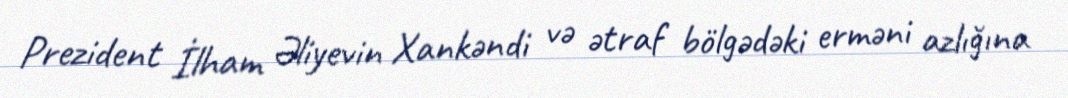
Prezident İlham Əliyevin Xankəndi və ətraf bölgədəki erməni azlığına